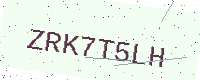
Text: ZRK7T5LH